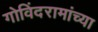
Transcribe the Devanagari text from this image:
गोविंदरामांच्या